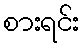
စားရင်း